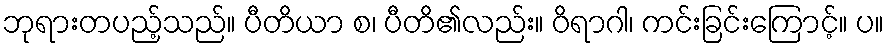
ဘုရားတပည့်သည်။ ပီတိယာ စ၊ ပီတိ၏လည်း။ ဝိရာဂါ၊ ကင်းခြင်းကြောင့်။ ပ။